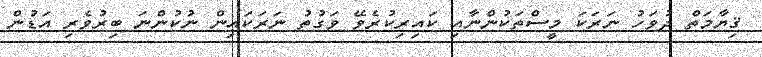
ޤިޔާމަތް ދުވަހު ނަރަކަ މީސްތަކުންނާއި ކައިރިކުރެވޭ ވަގުތު ނަރަކައިން ނުކުންނަ ބިރުވެރި އަޑުން